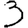
Digit: 3